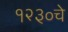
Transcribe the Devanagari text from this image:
१२३०चे